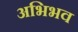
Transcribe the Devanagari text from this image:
अभिभव